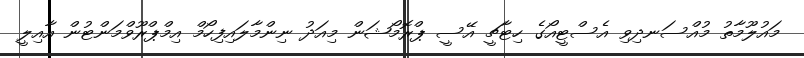
މައުލޫމާތު މުއްސަނދިވި އެސްޓީއޯގެ ހިޓާޗީ އޭސީ ޕްރޮމޯޝަން މިއަދު ނިންމާލައިފިހޯމް އިމްޕްރޫވްމަންޓުން އާއިލީ